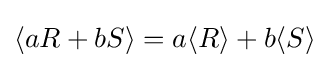
\langle aR+bS\rangle =a\langle R\rangle +b\langle S\rangle